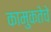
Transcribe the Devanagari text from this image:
कामुकतेचे